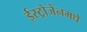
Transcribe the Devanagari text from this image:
ईस्ट्रोजेनमधे